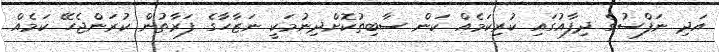
އަދި ނަފްސުގެ ދިފާއުގައި ކުރިކަމެއް ކަން ސާބިތުކޮށްދިނުމަކީ ނަޒާހާގެ ފަރާތުން ކުރަންޖެހޭ ކަމެއް